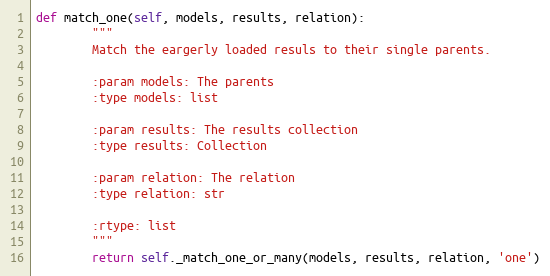
Language: Python
def match_one(self, models, results, relation):
        """
        Match the eargerly loaded resuls to their single parents.

        :param models: The parents
        :type models: list

        :param results: The results collection
        :type results: Collection

        :param relation: The relation
        :type relation: str

        :rtype: list
        """
        return self._match_one_or_many(models, results, relation, 'one')